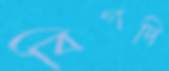
বিগদি